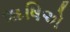
ૠષિએ